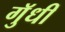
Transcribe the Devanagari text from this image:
गुॅधीं